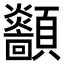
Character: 顲